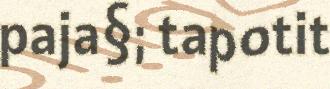
paja§; tapotit